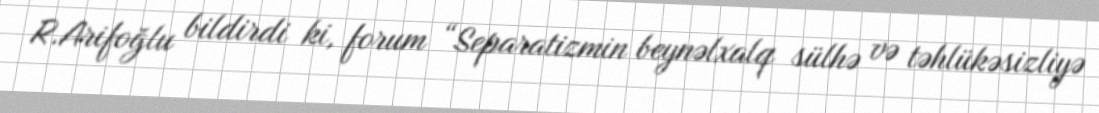
R.Arifoğlu bildirdi ki, forum “Separatizmin beynəlxalq sülhə və təhlükəsizliyə